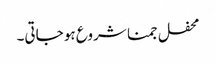
محفل جمنا شروع ہو جاتی۔